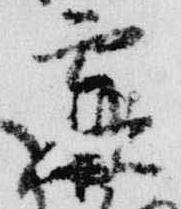
霖